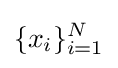
\{x_{i}\}_{i=1}^{N}